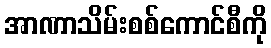
အာဏာသိမ်းစစ်ကောင်စီကို